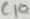
Text: C10